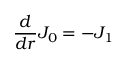
\frac { d } { d r } J _ { 0 } = - J _ { 1 }